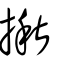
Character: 揪